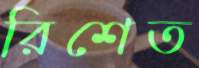
রিশেত